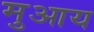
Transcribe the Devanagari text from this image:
मुआय